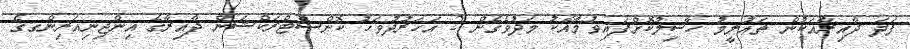
ފަދަ ދާއިރާއަކުން ތަޢުލީމު ހާސިލުކޮށްފައިވުމާއެކު މަދުވެގެން 2 އަހަރުދުވަހު ކޮންސްޓްރަކްޝަން ދާއިރާގެ އިންޖިނިއަރިންގގެ